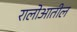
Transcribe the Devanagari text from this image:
रालोआतील